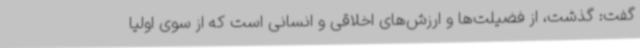
گفت: گذشت، از فضیلت‌ها و ارزش‌های اخلاقی و انسانی است که از سوی اولیا